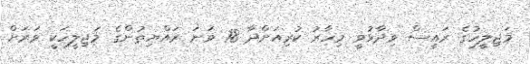
މަޖިލީހުގެ ރައީސް ވިދާޅުވީ މިހާރު ކުރިއަށްދާ 18 ވަނަ ރައްޔިތުންގެ މަޖިލީހަކީ ވަރަށް